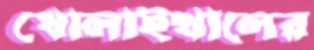
ধোলাইখালের